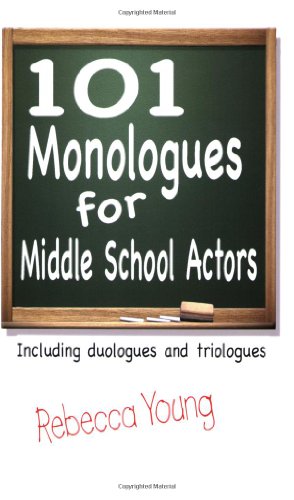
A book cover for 101 Monologues for Middle School Actors: Including Duologues and Triologues; Rebecca Young; Teen & Young Adult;